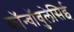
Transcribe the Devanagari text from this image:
कॉन्वॉवुलेसिई